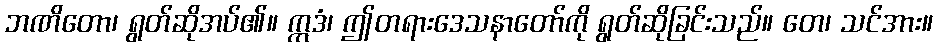
ဘဏိတော၊ ရွတ်ဆိုအပ်၏။ ဣဒံ၊ ဤတရားဒေသနာတော်ကို ရွတ်ဆိုခြင်းသည်။ တေ၊ သင်အား။